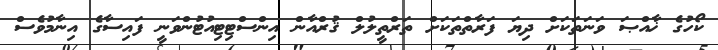
ކޯހުގެ ޚާއްޞަ ވަނަތަކަށް ދިޔަ ފަރާތްތަކަށް ތަރްތީލުލް ޤުރްއާން އިންސްޓިޓިއުޓުންވަނީ ފައިސާގެ އިނާމުވެސް